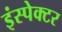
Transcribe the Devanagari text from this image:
इंस्‍पेक्‍टर